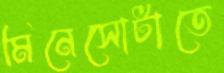
মিনেসোটাতে